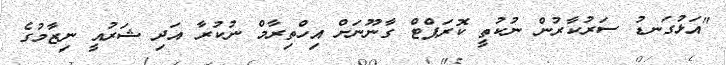
"އަޅުގަނޑު ސަރުކާރުން ނުކުތީ ކޮރަޕްޓް ގާނޫނަށް އިހްތިރާމް ނުކުރާ އަދި ޝަރުއީ ނިޒާމުގެ